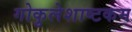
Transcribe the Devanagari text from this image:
गोकुलेशाष्टकम